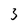
Character: 3